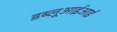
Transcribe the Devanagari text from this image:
डब्लूआईआई